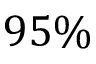
9 5 \%